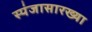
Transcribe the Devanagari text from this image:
स्पंजासारख्या